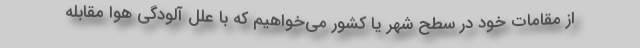
از مقامات خود در سطح شهر یا کشور می‌خواهیم که با علل آلودگی هوا مقابله